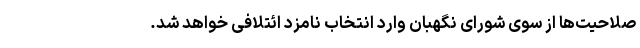
صلاحیت‌ها از سوی شورای نگهبان وارد انتخاب نامزد ائتلافی خواهد شد.